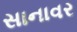
સાનાવર